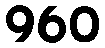
960